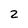
Character: 2